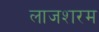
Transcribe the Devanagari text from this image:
लाजशरम